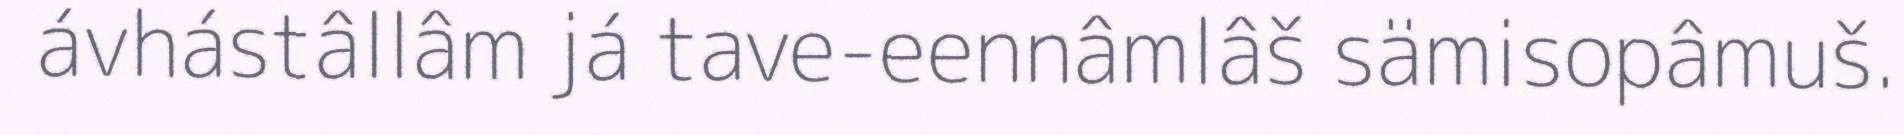
ávhástâllâm já tave-eennâmlâš sämisopâmuš.